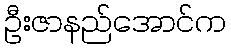
ဦးဇာနည်အောင်က